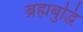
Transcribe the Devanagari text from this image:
ब्रह्मबुद्धि